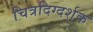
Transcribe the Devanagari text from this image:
चित्रदिग्दर्शक